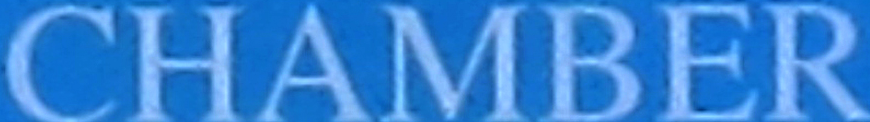
CHAMBER